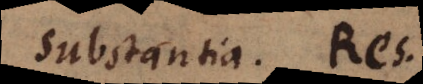
Substantia. Res.